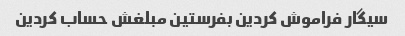
سیگار فراموش کردین بفرستین مبلغش حساب کردین